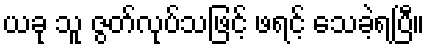
ယခု သူ ဇွတ်လုပ်သဖြင့် ဖရင့် သေခဲ့ရပြီ။